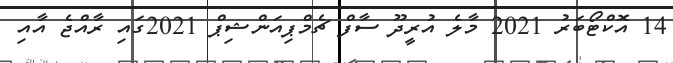
14 އޮކްޓޯބަރު 2021 މާލެ އުރީދޫ ސާފް ޗެމްޕިއަންޝިޕް 2021ގައި ރާއްޖެ އާއި